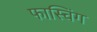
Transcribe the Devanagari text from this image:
फास्चिंग